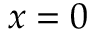
x = 0